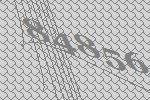
84856